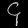
Digit: ၄